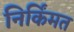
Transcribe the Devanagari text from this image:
निर्किंमत